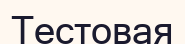
Тестовая